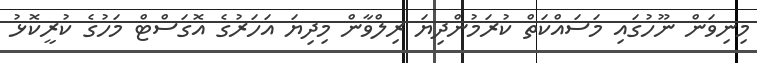
މިނިވަން ނޫހުގައި މަސައްކަތް ކުރަމުންދިޔަ ރިލްވާން މިދިޔަ އަހަރުގެ އޮގަސްޓް މަހުގެ ކުރީކޮޅު